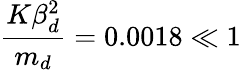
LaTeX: \frac{K\beta_{d}^{2}}{m_{d}}=0.0018\ll 1